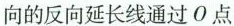
向的反向延长线通过O点